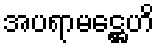
အပရာမဋ္ဌေဟိ